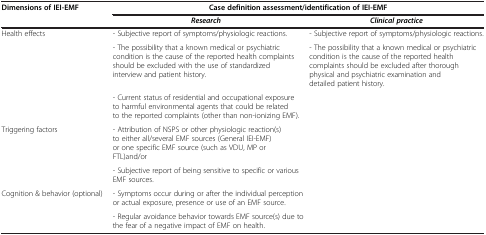
|  |  |  |
 | Dimensions of IEI-EMF | <COLSPAN=2> Case definition assessment/identification of IEI-EMF |
 |  | Research | Clinical practice |
 | --- | --- | --- |
 | Health effects | - Subjective report of symptoms/physiologic reactions. | - Subjective report of symptoms/physiologic reactions. |
 |  | - The possibility that a known medical or psychiatric condition is the cause of the reported health complaints should be excluded with the use of standardized interview and patient history. | - The possibility that a known medical or psychiatric condition is the cause of the reported health complaints should be excluded after thorough physical and psychiatric examination and detailed patient history. |
 |  | - Current status of residential and occupational exposure to harmful environmental agents that could be related to the reported complaints (other than non-ionizing EMF). |  |
 | Triggering factors | <COLSPAN=2> - Attribution of NSPS or other physiologic reaction(s) to either all/several EMF sources (General IEI-EMF) or one specific EMF source (such as VDU, MP or FTL)and/or |
 |  | <COLSPAN=2> - Subjective report of being sensitive to specific or various EMF sources. |
 | Cognition & behavior (optional) | <COLSPAN=2> - Symptoms occur during or after the individual perception or actual exposure, presence or use of an EMF source. |
 |  | <COLSPAN=2> - Regular avoidance behavior towards EMF source(s) due to the fear of a negative impact of EMF on health. |